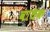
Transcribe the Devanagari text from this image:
वाधक